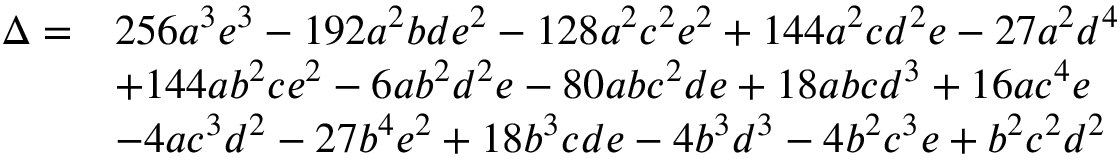
{ \begin{array} { r l } { \Delta = } & { 2 5 6 a ^ { 3 } e ^ { 3 } - 1 9 2 a ^ { 2 } b d e ^ { 2 } - 1 2 8 a ^ { 2 } c ^ { 2 } e ^ { 2 } + 1 4 4 a ^ { 2 } c d ^ { 2 } e - 2 7 a ^ { 2 } d ^ { 4 } } \\ & { + 1 4 4 a b ^ { 2 } c e ^ { 2 } - 6 a b ^ { 2 } d ^ { 2 } e - 8 0 a b c ^ { 2 } d e + 1 8 a b c d ^ { 3 } + 1 6 a c ^ { 4 } e } \\ & { - 4 a c ^ { 3 } d ^ { 2 } - 2 7 b ^ { 4 } e ^ { 2 } + 1 8 b ^ { 3 } c d e - 4 b ^ { 3 } d ^ { 3 } - 4 b ^ { 2 } c ^ { 3 } e + b ^ { 2 } c ^ { 2 } d ^ { 2 } } \end{array} }